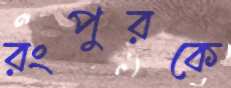
রংপুরকে